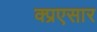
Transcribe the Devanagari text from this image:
क्प्रएसार